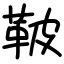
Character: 鞁